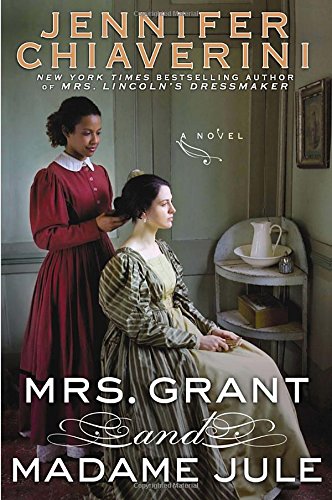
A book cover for Mrs. Grant and Madame Jule; Jennifer Chiaverini; Literature & Fiction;